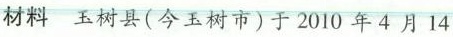
材料 玉树县(今玉树市)于2010年4月14